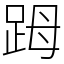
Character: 𧿹